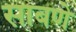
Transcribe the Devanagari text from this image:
साबणे